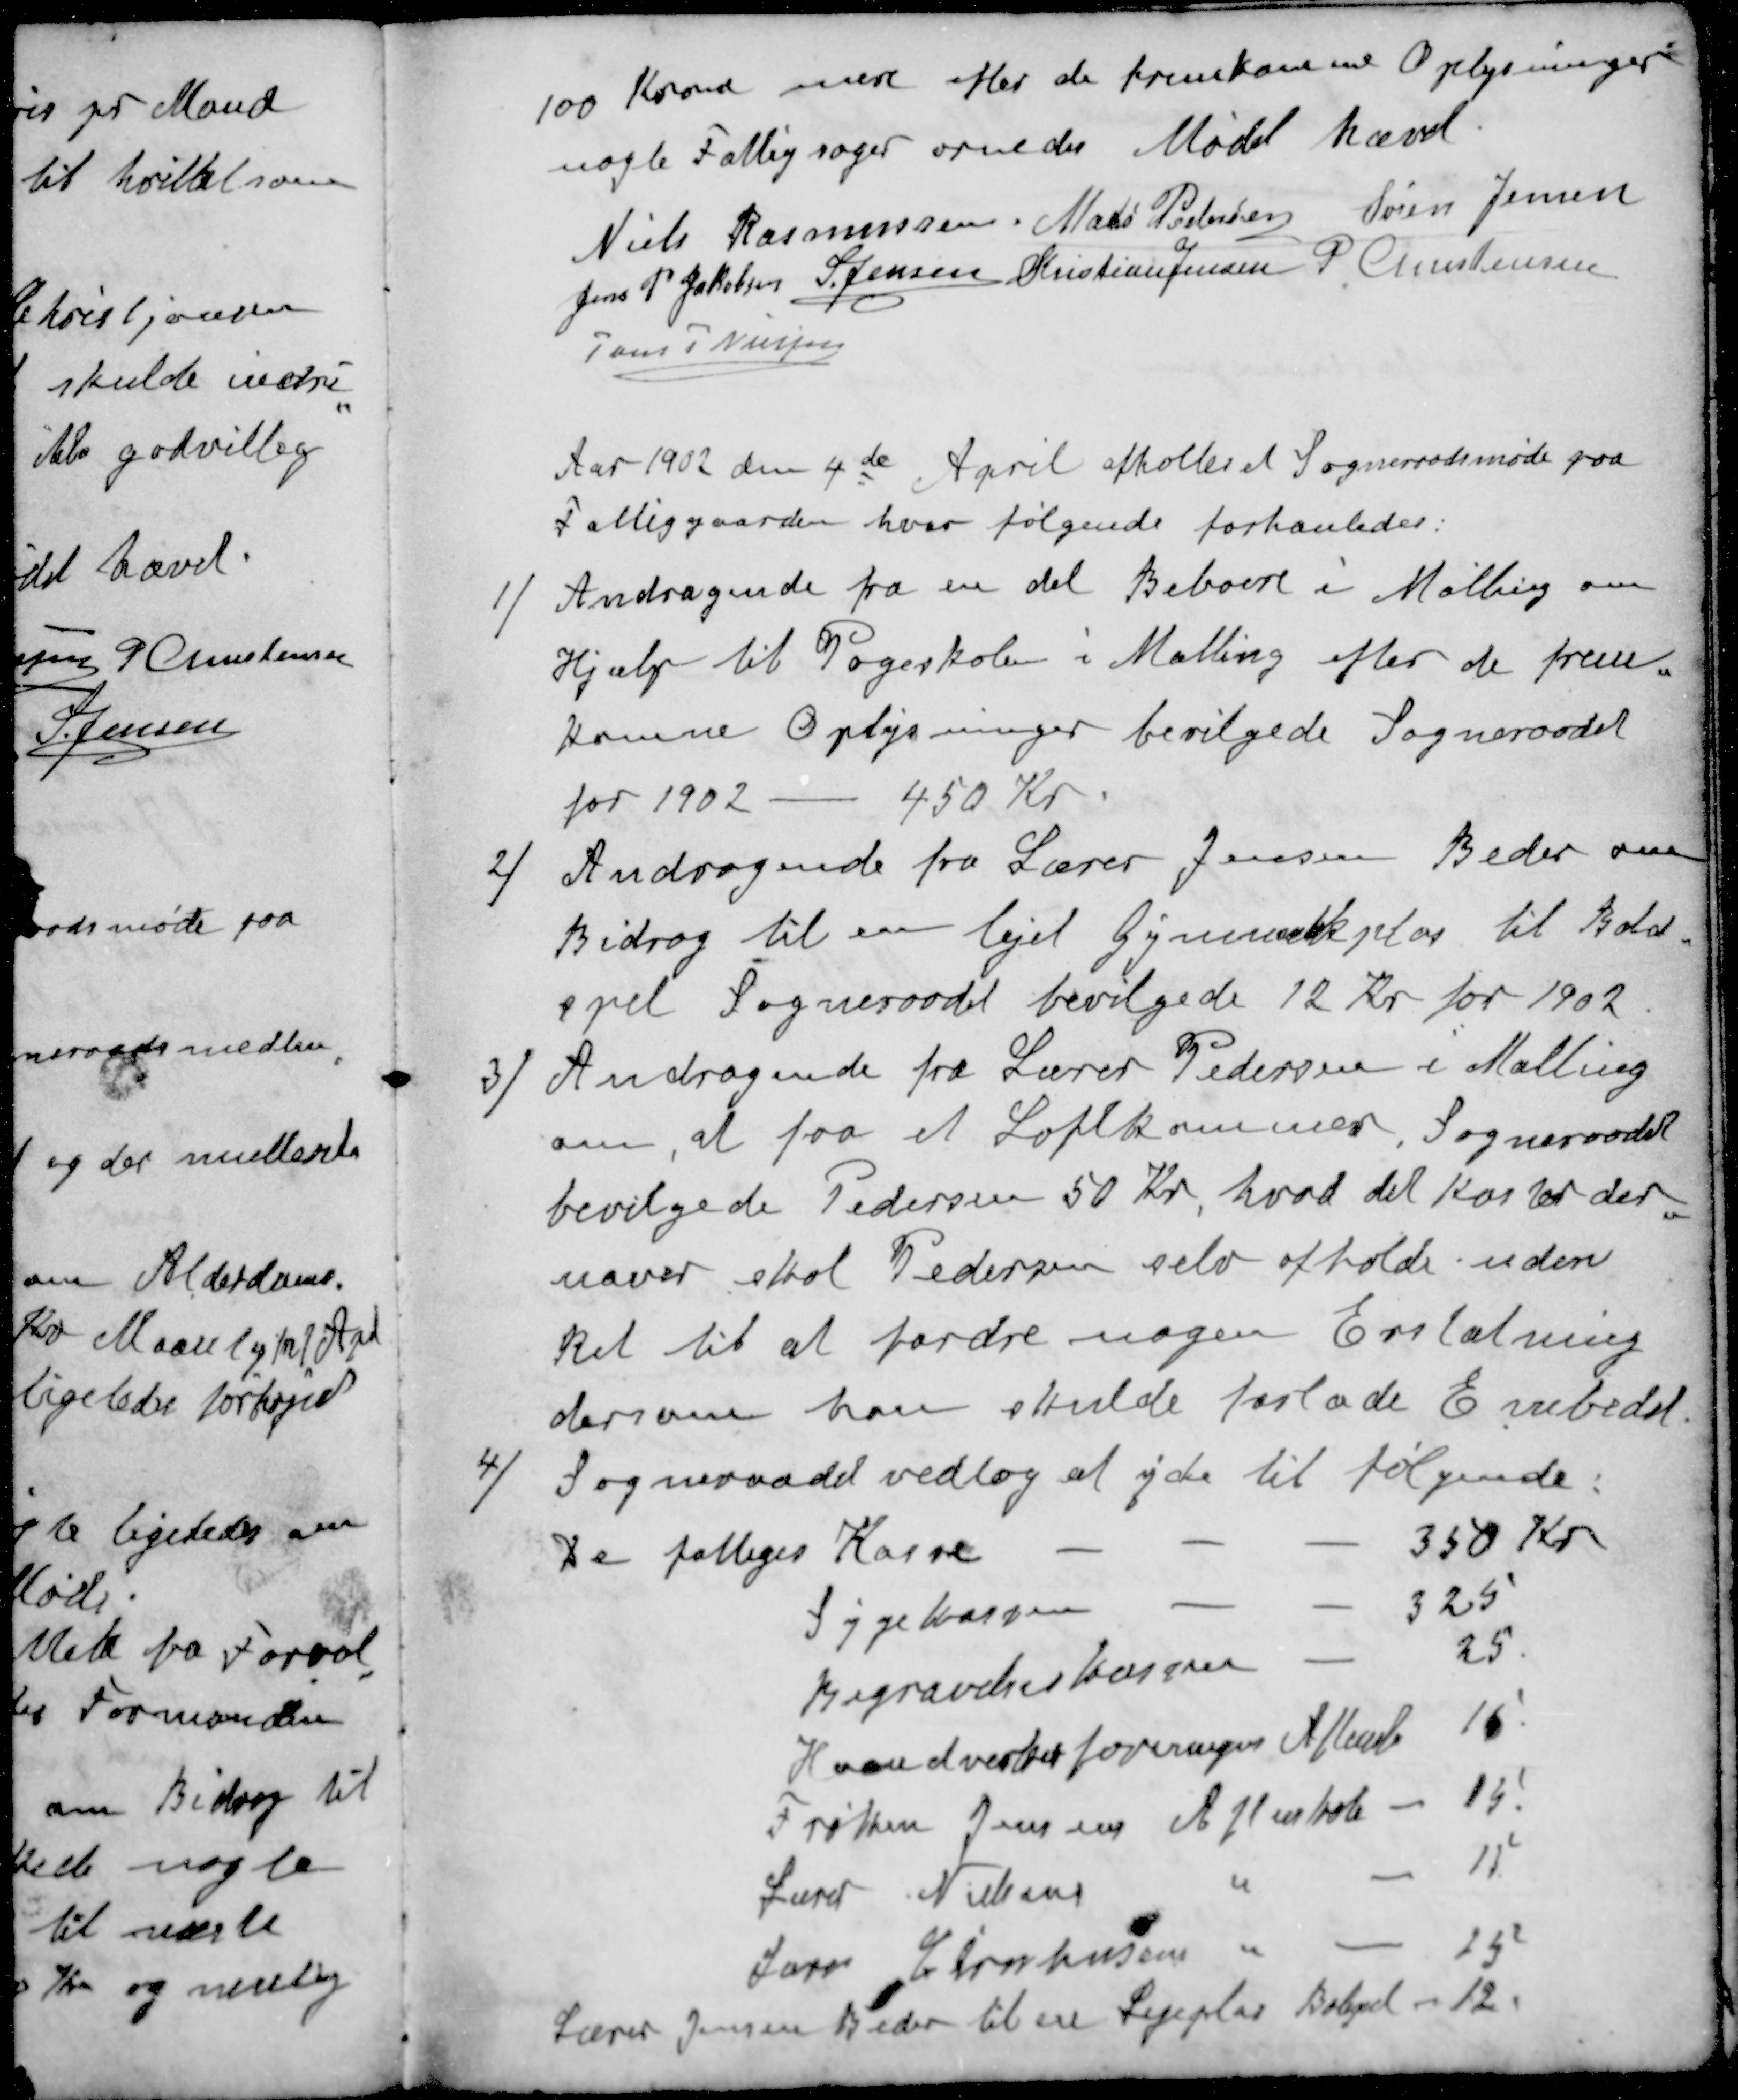
Transskription:
100 Kroner mere efter de fremkomme Oplysninger
nogle Fattigsager ornedes Mødet hævet
Niels Rasmussen
Mads Pedersen
Søren Jensen
Jens P Jakobsen
S Jensen
Kristian Jensen
P Christensen
Jens P. Nielsen
Aar 1902 den 4de April afholtes et Sogneraadsmøde paa
Fattiggaarden hvor følgende forhanledes:
1/ Andragende fra en del Beboere i Malling om
Hjælp til Pogeskolen i Malling efter de frem-
komne Oplysninger bevilgede Sogneraadet
for 1902 - 450 Kr.
2 / Andragende fra Lærer Jensen Beder om
Bidrag til en lejet Gymnastikplas til Bold-
spil Sogneraadet bevilgede 12 Kr for 1902
3 / Andragende fra Lærer Pedersen i Malling
om, at faa et Loftkammer, Sogneraadet
bevilgede Pedersen 50 Kr, hvad det koster der
uover skal Pedersen selv afholde uden
Ret til at fordre nogen Erstatning
dersom han skulde forlade Embedet
4 / Sogneraadet vedtog at yde til følgende:
De fattiges Kasse
350 Kr
Sygekassen
325
Begravelseskassen
25
Haandværkerforeningens Aftensk
16
Frøken Jensens Aftenskole
15.
Lærer Nielsens "
11
Lærer Christensen "
25
Lærer Jensen Beder til en Legeplas Balgved og 12
12